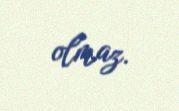
olmaz.